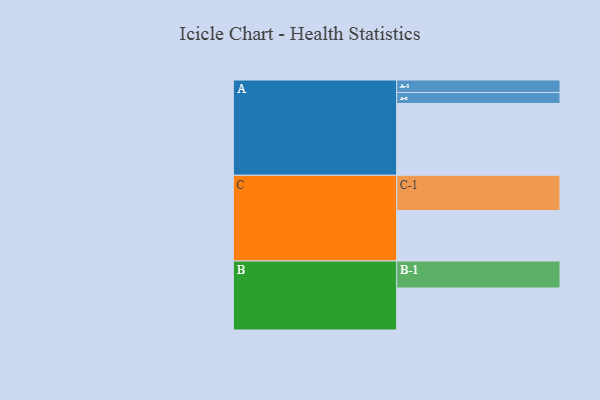
{"axis": {"x": "Segment", "y": "Value"}, "legend": ["", "A", "B", "C"], "data": [{"x": "A", "y": 540, "type": ""}, {"x": "B", "y": 316, "type": ""}, {"x": "C", "y": 380, "type": ""}, {"x": "A-1", "y": 94, "type": "A"}, {"x": "A-2", "y": 83, "type": "A"}, {"x": "B-1", "y": 203, "type": "B"}, {"x": "C-1", "y": 265, "type": "C"}]}